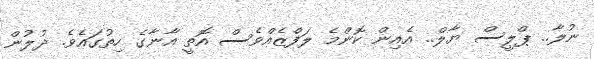
ނުލާ.. ޕްލީސް ޔާލް.. އެއިން ކޮންމެ ލަފްެޒެއްވެސް އޮތީ އާނާގެ ހިތުގައެވެ. ދުލުން